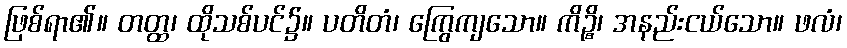
ဖြစ်ရာ၏။ တတ္ထ၊ ထိုသစ်ပင်၌။ ပတိတံ၊ ကြွေကျသော။ ကိဉ္စိ၊ အနည်းငယ်သော။ ဖလံ၊